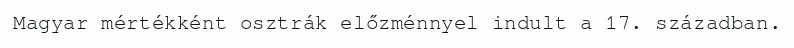
Magyar mértékként osztrák előzménnyel indult a 17. században.